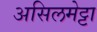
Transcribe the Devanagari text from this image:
असिलमेट्टा